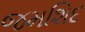
જમશિદ